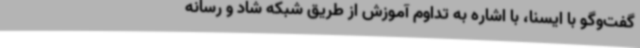
گفت‌وگو با ایسنا، با اشاره به تداوم آموزش از طریق شبکه شاد و رسانه